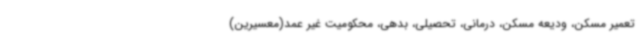
تعمیر مسکن، ودیعه مسکن، درمانی، تحصیلی، بدهی، محکومیت غیر عمد(معسیرین)